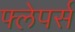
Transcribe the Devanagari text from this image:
फ्लेपर्स